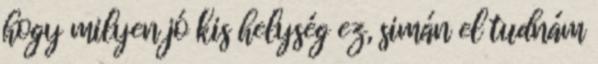
hogy milyen jó kis helység ez, simán el tudnám